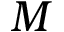
M